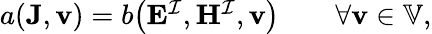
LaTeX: \begin{array}{r}{a(\mathbf{J},\mathbf{v}){}={}b\big(\mathbf{E}^{\mathcal{I}},\mathbf{H}^{\mathcal{I}},\mathbf{v}\big)\qquad\forall\mathbf{v}\in\mathbb{V},}\end{array}